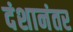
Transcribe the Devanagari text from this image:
दंशानंतर